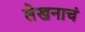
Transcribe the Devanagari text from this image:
लेखनाचं